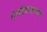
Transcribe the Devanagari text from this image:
धर्मप्रामाण्य